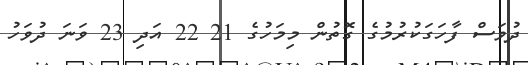
ދުވަސް ފާހަގަކުރުމުގެ ގޮތުން މިމަހުގެ 21 22 އަދި 23 ވަނަ ދުވަހު